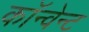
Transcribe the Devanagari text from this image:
कॉन्वेन्ट